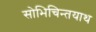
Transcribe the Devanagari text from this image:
सोभिचिन्तयाथ